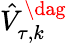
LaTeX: \hat{V}_{\tau,k}^{\dag}